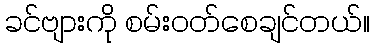
ခင်ဗျားကို စမ်းဝတ်စေချင်တယ်။